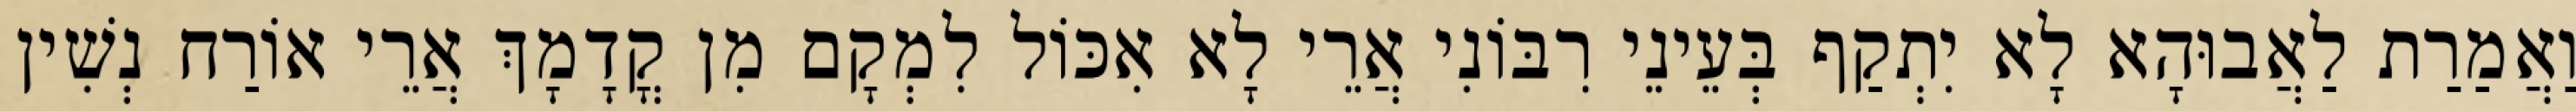
וַאֲמַרַת לַאֲבוּהָא לָא יִתְקַף בְּעֵינֵי רִבּוֹנִי אֲרֵי לָא אִכּוֹל לִמְקָם מִן קֳדָמָךְ אֲרֵי אוֹרַח נְשִׁין